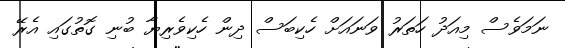
ނަމަވެސް މިއަދު ހަތަރު ވަނައަށް ހެކިބަސް ދިން ހެކިވެރިޔާ ބުނި ގޮތުގައި އެރޭ